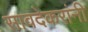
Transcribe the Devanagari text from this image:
सावदेकरांनी